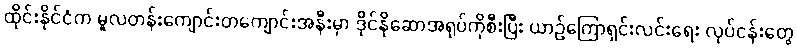
ထိုင်းနိုင်ငံက မူလတန်းကျောင်းတကျောင်းအနီးမှာ ဒိုင်နိုဆောအရုပ်ကိုစီးပြီး ယာဉ်ကြောရှင်းလင်းရေး လုပ်ငန်းတွေ